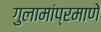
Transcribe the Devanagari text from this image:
गुलामांप्रमाणे